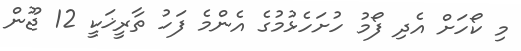
މި ކޯހަށް އެދި ފޯމު ހުށަހެޅުމުގެ އެންމެ ފަހު ތާރީޚަކީ 12 ޖޫން